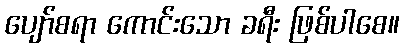
ပျော်စရာ ကောင်းသော ခရီး ဖြစ်ပါစေ။